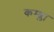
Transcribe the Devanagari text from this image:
कम्ब्ला